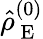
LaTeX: \hat{\rho}_{\mathrm{~E~}}^{(0)}